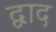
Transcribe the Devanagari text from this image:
द्वाद